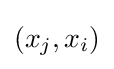
(x_{j},x_{i})